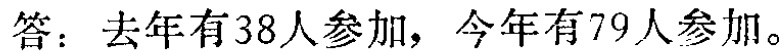
答：去年有38人参加，今年有79人参加。